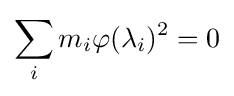
\sum _{i}m_{i}\varphi (\lambda _{i})^{2}=0